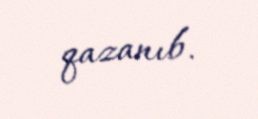
qazanıb.